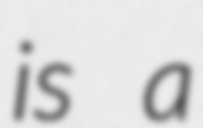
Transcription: is a